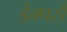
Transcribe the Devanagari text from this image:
डैम्पर्स